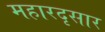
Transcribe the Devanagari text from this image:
महारदृसार